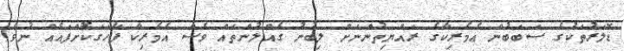
ޑޮލަރުތަކުގެ ސަބަބުން އެމެރިކާގެ ރައްޔިތުންނަށް ލިބުނު ގެއްލުންތައް ވެސް އެމެރިކާ ފާހަގަކޮށްފައެއް ނުވެ